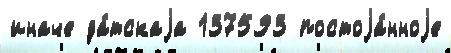
иначе да́тскаjа 137593 постоjа́нноjе